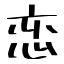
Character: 恋